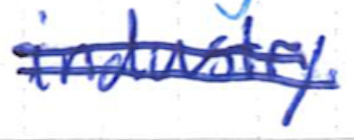
Text: industry.
Cross-out: double-line
Writing tool: ballpoint